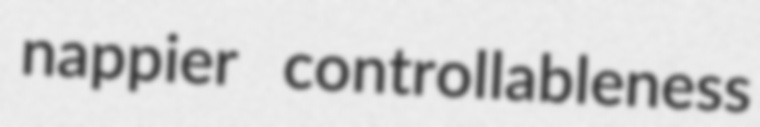
nappier controllableness